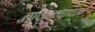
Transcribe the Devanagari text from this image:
तालुक्याचाच